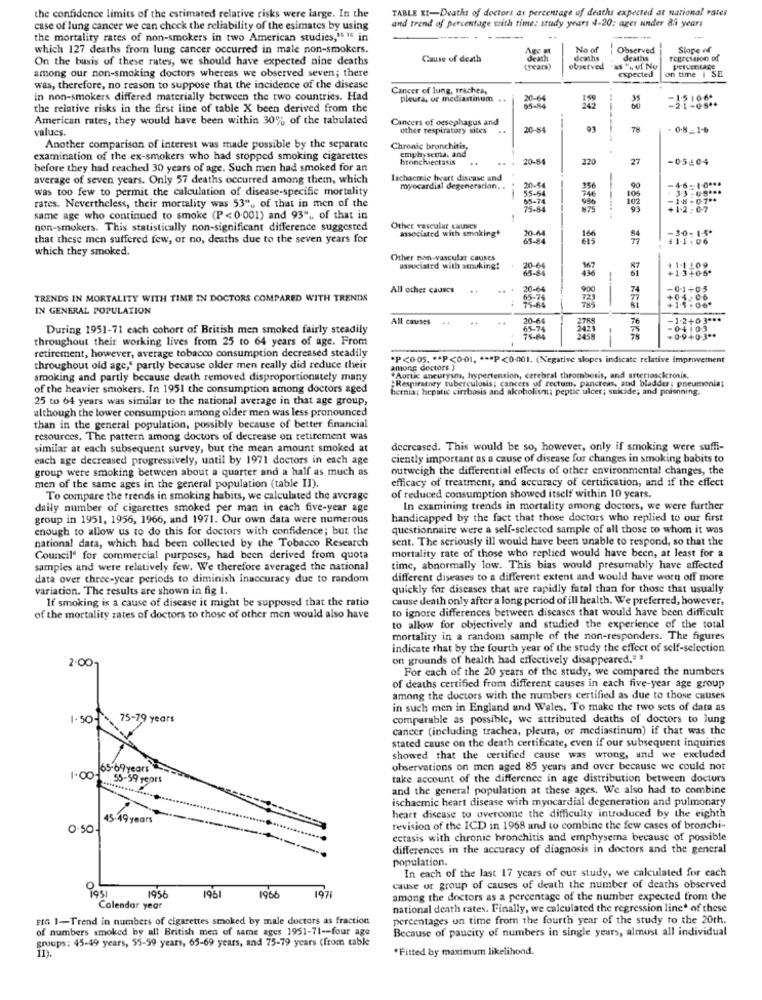
TABLE XI-Deaths of doctors as percentage of deaths expected at national rates
the confidence limits of the estimated relative risks were large. In the
and trend of percentage with time: study years 4-20: ager under 85 years
case of lung cancer we can check the reliability of the esimates by using
the mortality rates of non-smokers in two American studies," If in
-
which 127 deaths from lung cancer occurred in male non-smokers.
No of
Observed
Slope of
On the basis of these rates, we should have expected nine deaths
Cause of death
death
deaths
deaths
regression of
(years)
observed
83 % 4 No
expected
on time | SE
PerVER LADE
among our non-smoking doctors whereas we observed seven; there
was, therefore, no reason to suppose that the incidence of the disease
Cancer of lung, trachea,
in non-smokers differed materially between the two countries. Had
pleura, or mediastinum ..
65-84
30-64
35
the relative risks in the first line of table X been derived from the
American rates, they would have been within 30% of the tabulated
Cancers of oesophagus and
values.
other respiratory sites
20-8
78
0.8-1-6
Another comparison of interest was made possible by the separate
Chronic bronchitis,
emphysema, and
examination of the ex-smokers who had stopped smoking cigarettes
hronchiectasis
..
20-84
220
27
-05-04
before they had reached 30 years of age. Such men had smoked for an
average of seven years. Only 57 deaths occurred among them, which
Tachacmie heart disease and
-4-6-1-0 ***
was too few to permit the calculation of disease-specific mortality
myocardial degeneration. .
20-54
746
106
90
- 33 -09 ***
rates. Nevertheless, their mortality was 53", of that in men of the
55-6
65-74
990
102
-18 -0-7 **
+1.2: 07
same age who continued to smoke (P<0.001) and 93" ,, of that in
non-smokers. This statistically non-significant difference suggested
Other vascular causes
associated with smoking*
-30-1-5*
that these men suffered few, or no, deaths due to the seven years for
411:06
which they smoked.
Other non-vascular causes
associated with senukingt
20-64
11-1109
13-06
All other causes
20-69
900
-0.1+05
TRENDS IN MORTALITY WITH TIME IN DOCTORS COMPARED WITH TRENDS
723
785
+04:00
IN GENERAL POPULATION
1.5 :00
All causes
20-6
76
-1-2+03 ***
During 1951-71 each cohort of British men smoked fairly steadily
65-74
-04103
throughout their working lives from 25 to 64 years of age. From
75-84
--
+09+0-3 **
retirement, however, average tobacco consumption decreased steadily
*P<0.05. ** P<0-01, *** P<0-001. (Negative slopes indicate relative improvement
throughout old age," partly because older men really did reduce their
among doctors.)
smoking and partly because death removed disproportionately many
"Aortic aneurysm, hypertension, cerebral thrombosis, and arteriosclerosis.
;Respiratory tuberculosis; cancers of rectum, pancreas, and bladder; pneumonia;
of the heavier smokers. In 1951 the consumption among doctors aged
hernia; hepatic cirrhosis and akoholism; peptic ulcer; suicide; and poisnning.
25 to 64 years was similar to the national average in that age group,
although the lower consumption among older men was less pronounced
than in the general population, possibly because of better financial
resources. The pattern among doctors of decrease on retirement was
similar at each subsequent survey, but the mean amount smoked at
decreased. This would be so, however, only if smoking were suffi-
each age decreased progressively, until by 1971 doctors in each age
ciently important as a cause of disease for changes in smoking babits to
group were smoking between about a quarter and a half as much as
outweigh the differential effects of other environmental changes, the
efficacy of treatment, and accuracy of certification, and if the effect
men of the same ages in the general population (table II).
To compare the trends in smoking habits, we calculated the average
of reduced consumption showed itself within 10 years.
daily number of cigarettes smoked per man in each five-year age
In examining trends in mortality among doctors, we were further
group in 1951, 1956, 1966, and 1971. Our own data were numerous
handicapped by the fact that those doctors who replied to our first
enough to allow us to do this for doctors with confidence; but the
questionnaire were a self-selected sample of all those to whom it was
national data, which had been collected by the Tobacco Research
sent. The seriously ill would have been unable to respond, so that the
Council' for commercial purposes, had been derived from quota
mortality rate of those who replied would have been, at least for a
samples and were relatively few. We therefore averaged the national
time, abnormally low. This bias would presumably have affected
data over three-year periods to diminish inaccuracy due to random
different diseases to a different extent and would have worn off more
variation. The results are shown in fig 1.
quickly for diseases that are rapidly fatal than for those that usually
If smoking is a cause of disease it might be supposed that the ratio
cause death only after a long period of ill health. We preferred, however,
to ignore differences between discases that would have been difficult
of the mortality rates of doctors to those of other men would also have
to allow for objectively and studied the experience of the total
mortality in a random sample of the non-responders. The figures
indicate that by the fourth year of the study the effect of self-selection
on grounds of health had effectively disappeared." "
2.00
For cach of the 20 years of the study, we compared the numbers
of deaths certified from different causes in each five-year age group
among the doctors with the numbers certified as due to those causes
in such men in England and Wales. To make the two sets of data as
1.50
75-79 years
comparable as possible, we attributed deaths of doctors to lung
cancer (including trachea, pleura, or mediastinum) if that was the
stated cause on the death certificate, even if our subsequent inquiries
showed that the certified cause was wrong, and we excluded
65-69 years
observations on men aged 85 years and over because we could not
1.00- 55-59 years
take account of the difference in age distribution between docturs
and the general population at these ages. We also had to combine
ischaemic heart disease with myocardial degeneration and pulmonary
45.49 years
heart disease to overcome the difficulty introduced by the eighth
0.50
revision of the ICD in 1968 and to combine the few cases of bronchi-
cetasis with chronic bronchitis and emphysema because of possible
differences in the accuracy of diagnosis in doctors and the general
population.
In each of the last 17 years of our study, we calculated for each
cause ur group of causes of death the number of deaths observed
1956
1951
1966
1971
among the doctors as a percentage of the number expected from the
Calendar year
national death rates. Finally, we calculated the regression line of these
FIG 1-Trend in numbers of cigarettes smoked by male doctors as fraction
percentages un time from the fourth year of the study to the 20th.
of numbers smoked by all British men of same ages 1951-71 -- four age
Because of paucity of numbers in single years, almost all individual
groups: 45-49 years, 55-59 years, 65-69 years, and 75-79 years (from cable
Fitted by maximum likelihood.